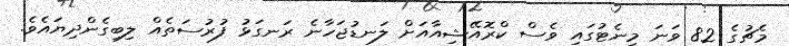
މެޗުގެ 82 ވަނަ މިނެޓުގައި ވެސް ކްރޮއޭޝިއާއަށް ލަނޑުޖަހާނެ ރަނގަޅު ފުރުސަތެއް ލިބިގެންދިޔައެވެ.